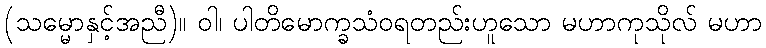
(သမ္မောနှင့်အညီ)။ ဝါ၊ ပါတိမောက္ခသံဝရတည်းဟူသော မဟာကုသိုလ် မဟာ